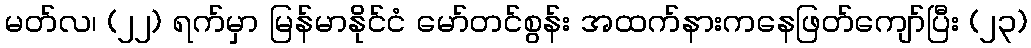
မတ်လ၊ (၂၂) ရက်မှာ မြန်မာနိုင်ငံ မော်တင်စွန်း အထက်နားကနေဖြတ်ကျော်ပြီး (၂၃)